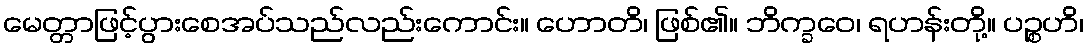
မေတ္တာဖြင့်ပွားစေအပ်သည်လည်းကောင်း။ ဟောတိ၊ ဖြစ်၏။ ဘိက္ခဝေ၊ ရဟန်းတို့။ ပဉ္စဟိ၊